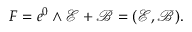
F = e ^ { 0 } \wedge \mathscr { E } + \mathscr { B } = ( \mathscr { E , \mathscr { B } } ) .